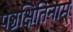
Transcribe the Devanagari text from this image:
पञ्चक्षितिनाम्